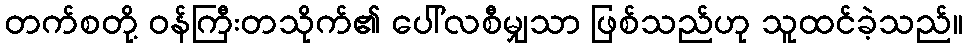
တက်စတို့ ဝန်ကြီးတသိုက်၏ ပေါ်လစီမျှသာ ဖြစ်သည်ဟု သူထင်ခဲ့သည်။